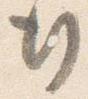
行